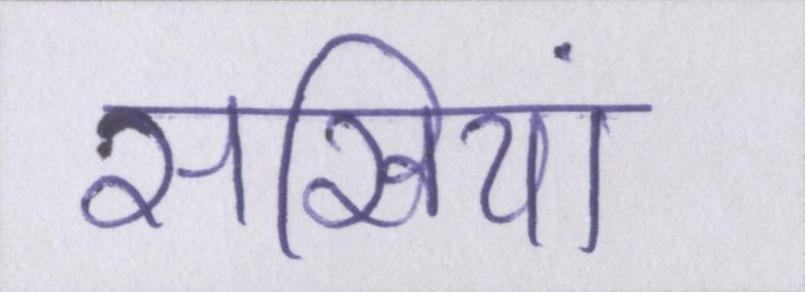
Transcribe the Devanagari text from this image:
सखियां